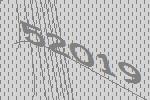
52019